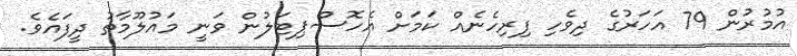
އުމުރުން 79 އަހަރުގެ ދިވެހި ފިރިހެނެއް ކަމަށް އެހޮސްޕިޓަލުން ވަނީ މައުލޫމާތު ދީފައެވެ.